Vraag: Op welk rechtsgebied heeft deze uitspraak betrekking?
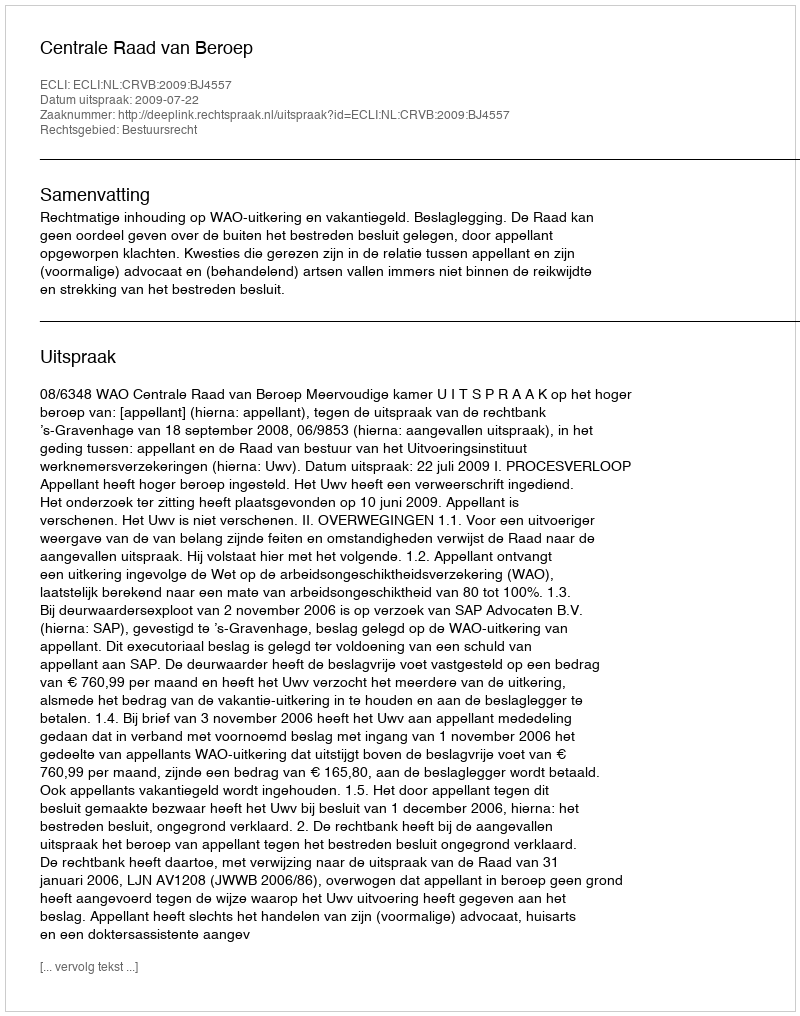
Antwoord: Bestuursrecht